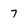
Character: 7